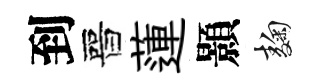
到晉蓮顥麹